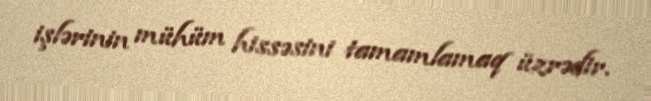
işlərinin mühüm hissəsini tamamlamaq üzrədir.